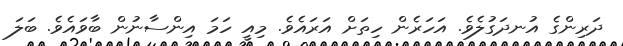
ދަރިންގެ އުނދަގުލެވެ. އަހަރެން ހިތަށް އަރައެވެ. މިއީ ހަމަ އިންސާނުން ބާވައެވެ. ބަލަ